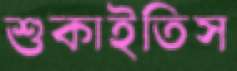
শুকাইতিস